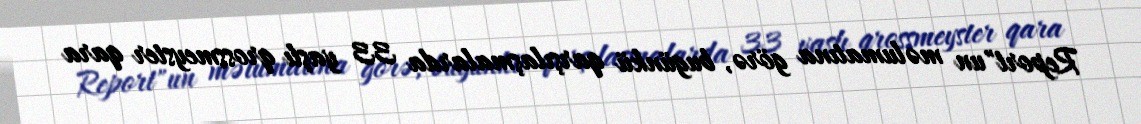
Report"un məlumatına görə, bugünkü qarşılaşmalarda 33 yaşlı qrossmeyster qara